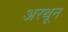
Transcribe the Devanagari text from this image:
अरथून